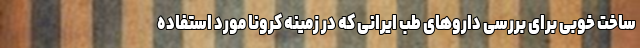
ساخت خوبی برای بررسی داروهای طب ایرانی که در زمینه کرونا مورد استفاده